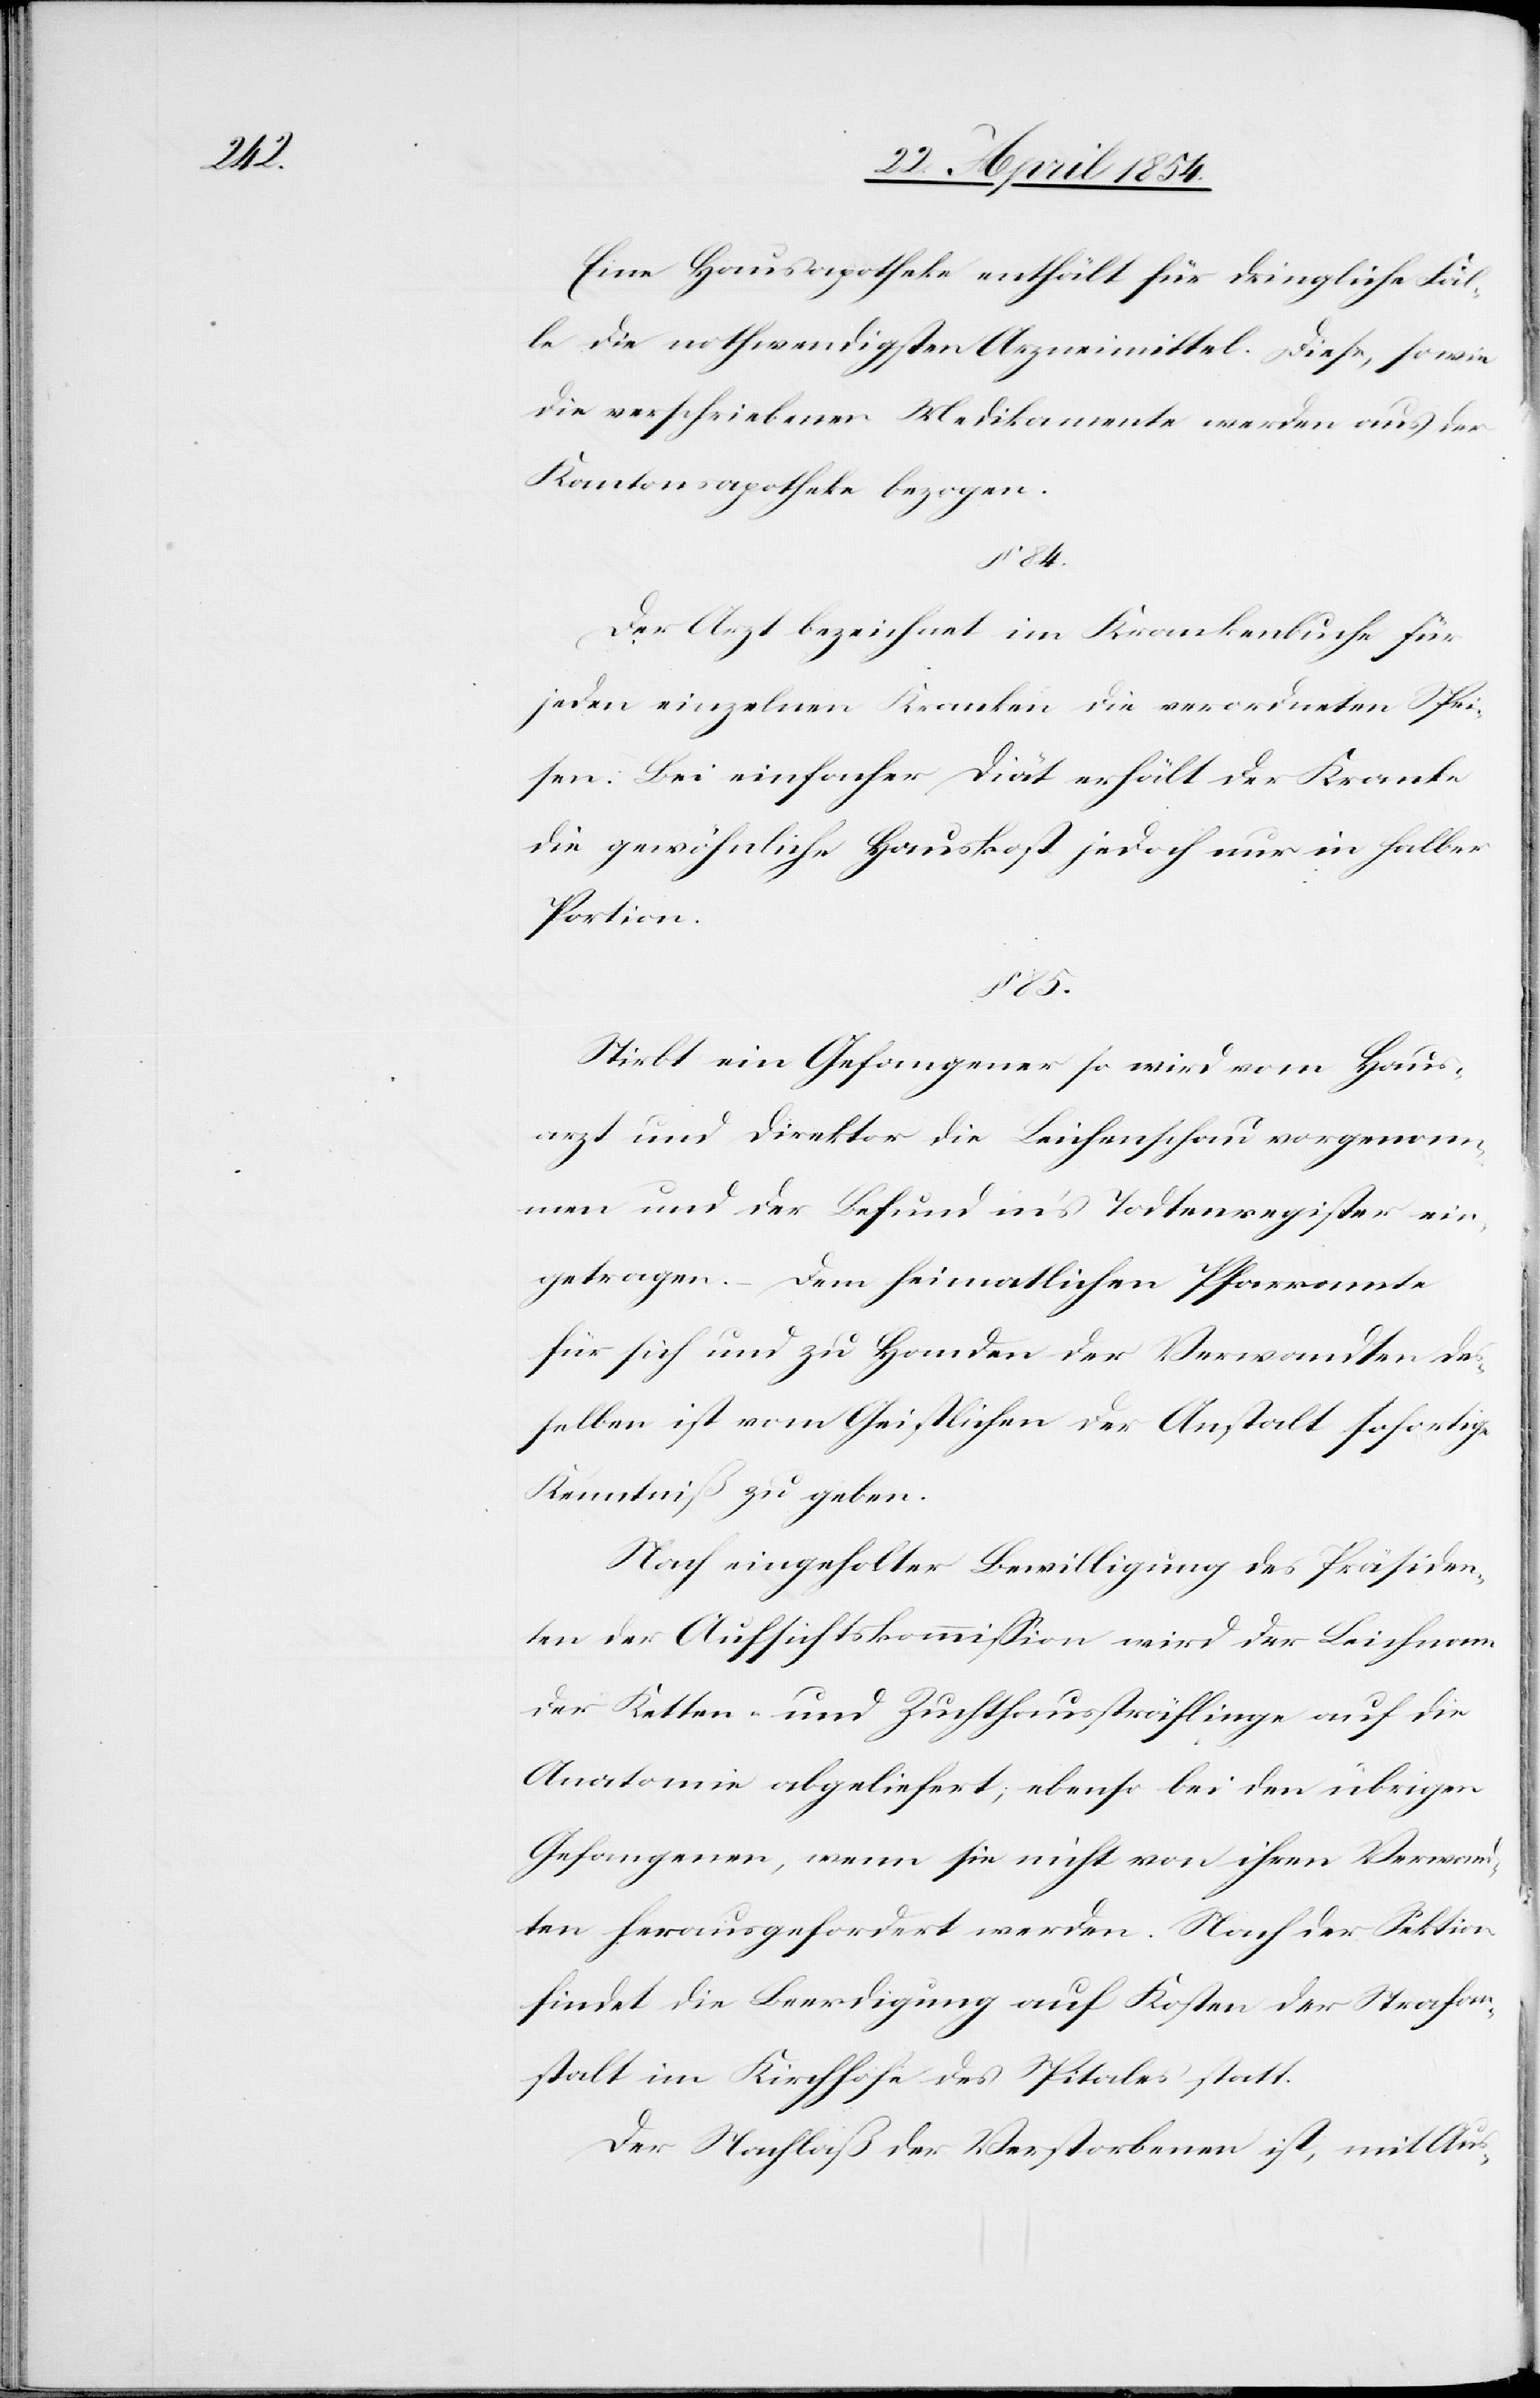
Eine Hausapotheke enthält für dringliche Fäl¬
le die nothwendigsten Arzneimittel. Diese, sowie
die verschriebenen Medikamente werden aus der
Kantonsapotheke bezogen.
84.
Der Arzt bezeichnet im Krankenbuche für
jeden einzelnen Kranken die verordneten Spei¬
sen. Bei einfacher Diät erhält der Kranke
die gewöhnliche Hauskost jedoch nur in halber
Portion.
§ 85.
Stirbt ein Gefangener so wird vom Haus¬
arzt und Direktor die Leichenschau vorgenom¬
men und der Befund in’s Todtenregister ein¬
getragen. – Dem heimatlichen Pfarramte
für sich und zu Handen der Verwandten des¬
selben ist vom Geistlichen der Anstalt sofortige
Kenntniß zu geben.
Nach eingeholter Bewilligung des Präsiden¬
ten der Aufsichtskommißion wird der Leichnam
der Ketten- und Zuchthaussträflinge auf die
Anatomie abgeliefert; ebenso bei den übrigen
Gefangenen, wenn sie nicht von ihren Verwand¬
ten herausgefordert werden. Nach der Sektion
findet die Beerdigung auf Kosten der Strafan¬
stalt im Kirchhofe des Spitales statt.
Der Nachlaß der Verstorbenen ist, mit Aus-